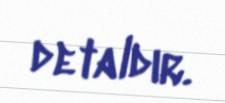
detaldır.